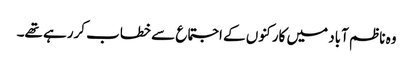
وہ ناظم آباد میں کارکنوں کے اجتماع سے خطاب کررہے تھے۔